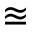
\approxeq